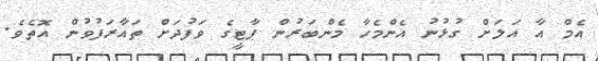
އެމް އާ އަލަށް ގުޅުނު އެންމެހާ މެންބަރުން ޕާޓީގެ ވަފުދަށް ތައާރަފުވުން އޮތެވެ.